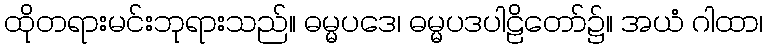
ထိုတရားမင်းဘုရားသည်။ ဓမ္မပဒေ၊ ဓမ္မပဒပါဠိတော်၌။ အယံ ဂါထာ၊